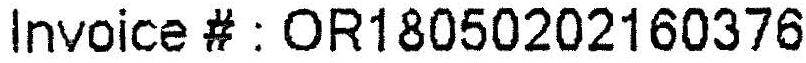
INVOICE # : OR18050202160376